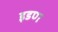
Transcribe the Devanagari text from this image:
इडण